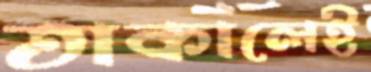
তাকালেই